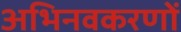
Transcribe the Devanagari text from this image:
अभिनवकरणों